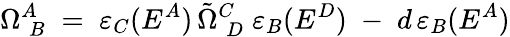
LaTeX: \Omega_{\; B}^{A}\; =\; \varepsilon_{C}(E^{A})\, \tilde{\Omega}_{\; D}^{C}\; \varepsilon_{B}(E^{D})\; -\; d\, \varepsilon_{B}(E^{A})